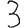
Digit: 3